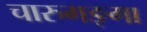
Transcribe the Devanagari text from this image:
चारुगङ्गा